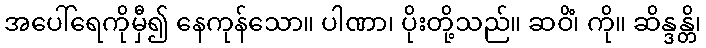
အပေါ်ရေကိုမှီ၍ နေကုန်သော။ ပါဏာ၊ ပိုးတို့သည်။ ဆဝိံ၊ ကို။ ဆိန္ဒန္တိ၊